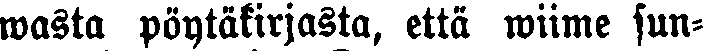
wasta pöytäkirjasta, että wiime sun-